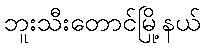
ဘူးသီးတောင်မြို့နယ်